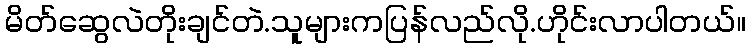
မိတ်ဆွေလဲတိုးချင်တဲ.သူများကပြန်လည်လို.ဟိုင်းလာပါတယ်။